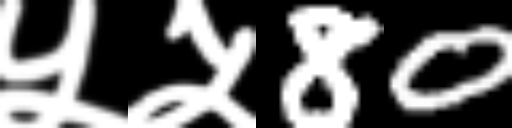
Text: ५५80